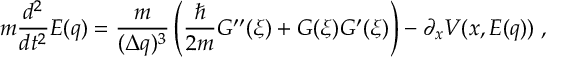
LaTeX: m \frac { d ^ { 2 } } { d t ^ { 2 } } E ( q ) = \frac { m } { { ( \Delta q ) ^ { 3 } } } \left( \frac { \hbar } { 2 m } G ^ { \prime \prime } ( \xi ) + G ( \xi ) G ^ { \prime } ( \xi ) \right) - \partial _ { x } V ( x , E ( q ) ) \; ,